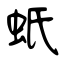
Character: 蚔